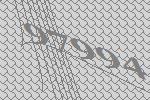
97994